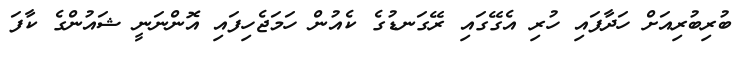
ބުރިބުރިއަށް ހަދާފައި ހުރި އެގޭގައި ރޭގަނޑުގެ ކެއުން ހަމަޖެހިފައި އޮންނަނީ ޝައުންގެ ކާފަ